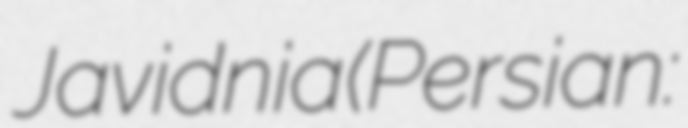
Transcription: Javidnia (Persian: فضل‌الله